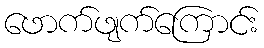
ဖောက်ဖျက်ကြောင်း